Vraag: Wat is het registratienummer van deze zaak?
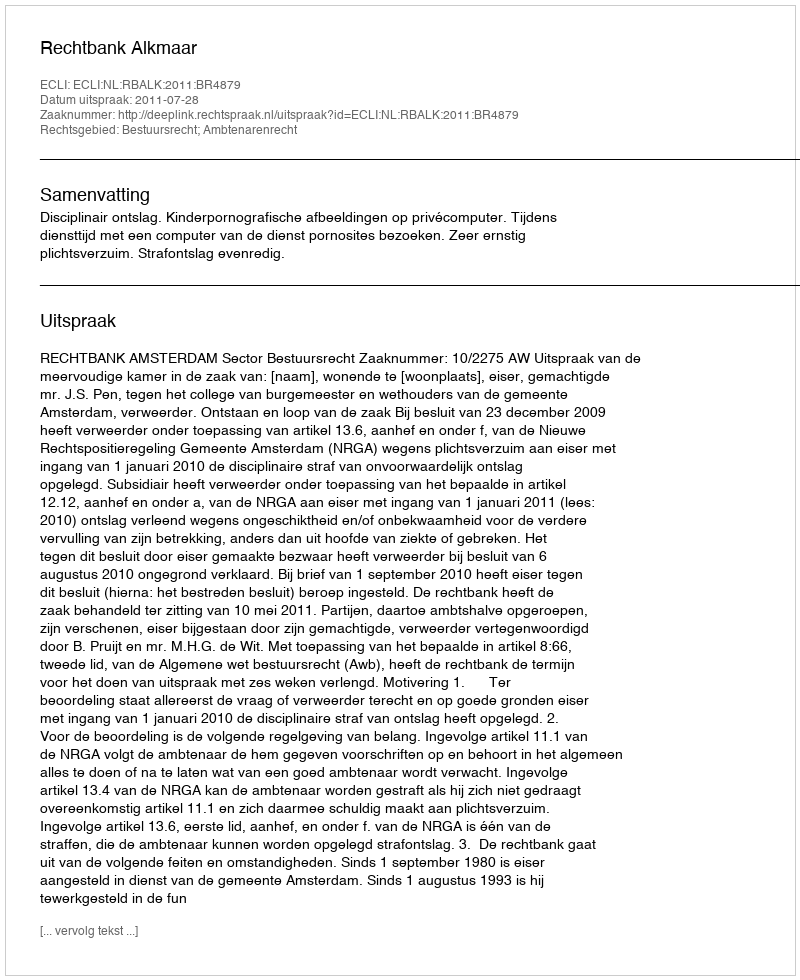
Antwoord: http://deeplink.rechtspraak.nl/uitspraak?id=ECLI:NL:RBALK:2011:BR4879